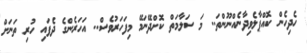
ހެދިހެން ކޮއްޕާލެވިދާނެއްނޫންތަ.. މަ ސަލާމަތް ކޮށްދޭނަމޭ މިފަހަރުވެސް.. އަހަރެންގެ ދެފައި ހުރި ތަނަށް